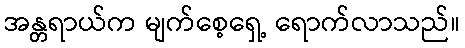
အန္တရာယ်က မျက်စေ့ရှေ့ ရောက်လာသည်။